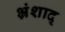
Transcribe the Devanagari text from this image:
भ्रंशाद्